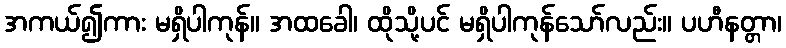
အကယ်၍ကား မရှိပါကုန်။ အထခေါ၊ ထိုသို့ပင် မရှိပါကုန်သော်လည်း။ ပဟီနတ္တာ၊